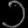
Digit: ၁